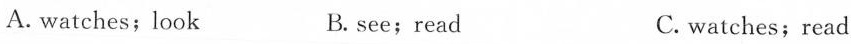
A. watches; look B. see;read C. watches;read